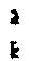
: